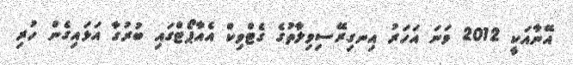
އޭނާއަކީ 2012 ވަނަ އަހަރު އިނގިރޭސިވިލާތުގެ ގެޓްވިކް އެއާޕޯޓްގައި ބުރުގާ އަޅައިގެން ހުރި